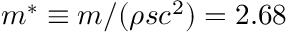
m ^ { * } \equiv m / ( \rho s c ^ { 2 } ) = 2 . 6 8